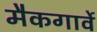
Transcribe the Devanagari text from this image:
मैकगार्वे